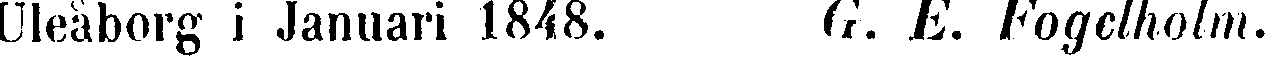
Uleåborg i Januari 1848. G. E. Fogelholm.